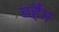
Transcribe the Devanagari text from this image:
डर्हैम